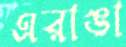
এরাঙা